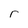
Character: r